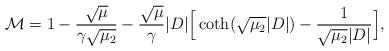
LaTeX: \begin{align*}\mathcal M=1-\frac{\sqrt{\mu}}{\gamma \sqrt{\mu_2}}-\frac{\sqrt{\mu}}{\gamma}|D|\Big[\coth(\sqrt{\mu_2}|D|)- \frac{1}{\sqrt{\mu_2} |D|}\Big],\end{align*}